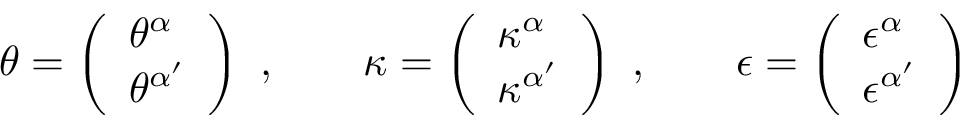
\theta = \left( \begin{array} { l } { { \theta ^ { \alpha } } } \\ { { \theta ^ { \alpha ^ { \prime } } } } \end{array} \right) \ , \qquad \kappa = \left( \begin{array} { l } { { \kappa ^ { \alpha } } } \\ { { \kappa ^ { \alpha ^ { \prime } } } } \end{array} \right) \ , \qquad \epsilon = \left( \begin{array} { l } { { \epsilon ^ { \alpha } } } \\ { { \epsilon ^ { \alpha ^ { \prime } } } } \end{array} \right)